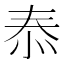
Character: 㤗